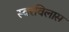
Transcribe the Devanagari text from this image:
स्वरविलास